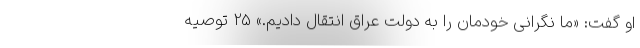
او گفت: «ما نگرانی خودمان را به دولت عراق انتقال دادیم.» 25 توصیه